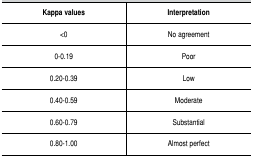
| Kappa values | Interpretation |
 | --- | --- |
 | <0 | No agreement |
 | 0-0.19 | Poor |
 | 0.20-0.39 | Low |
 | 0.40-0.59 | Moderate |
 | 0.60-0.79 | Substantial |
 | 0.80-1.00 | Almost perfect |